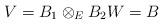
LaTeX: \begin{align*} V = B_1 \otimes_E B_2 W = B\end{align*}